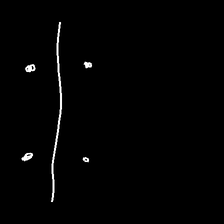
Glyph: cool